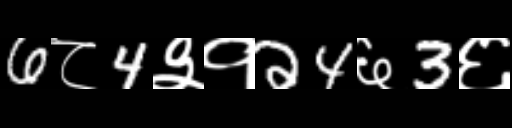
Text: 6८4३१24६3६